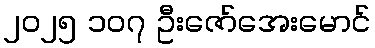
၂၀၂၅ ၁၀၇ ဦးဇော်အေးမောင်